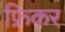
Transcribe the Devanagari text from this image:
फ्रिकर